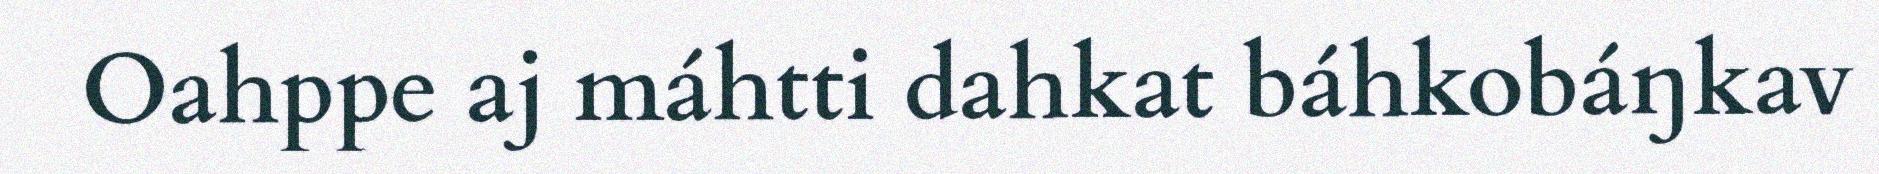
Oahppe aj máhtti dahkat báhkobáŋkav